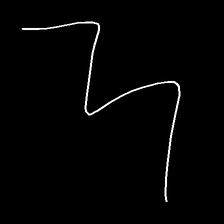
Glyph: crush